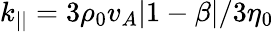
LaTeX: k_{||}=3\rho_{0}v_{A}|1-\beta|/3\eta_{0}